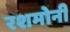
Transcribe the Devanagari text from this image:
रशमोनी